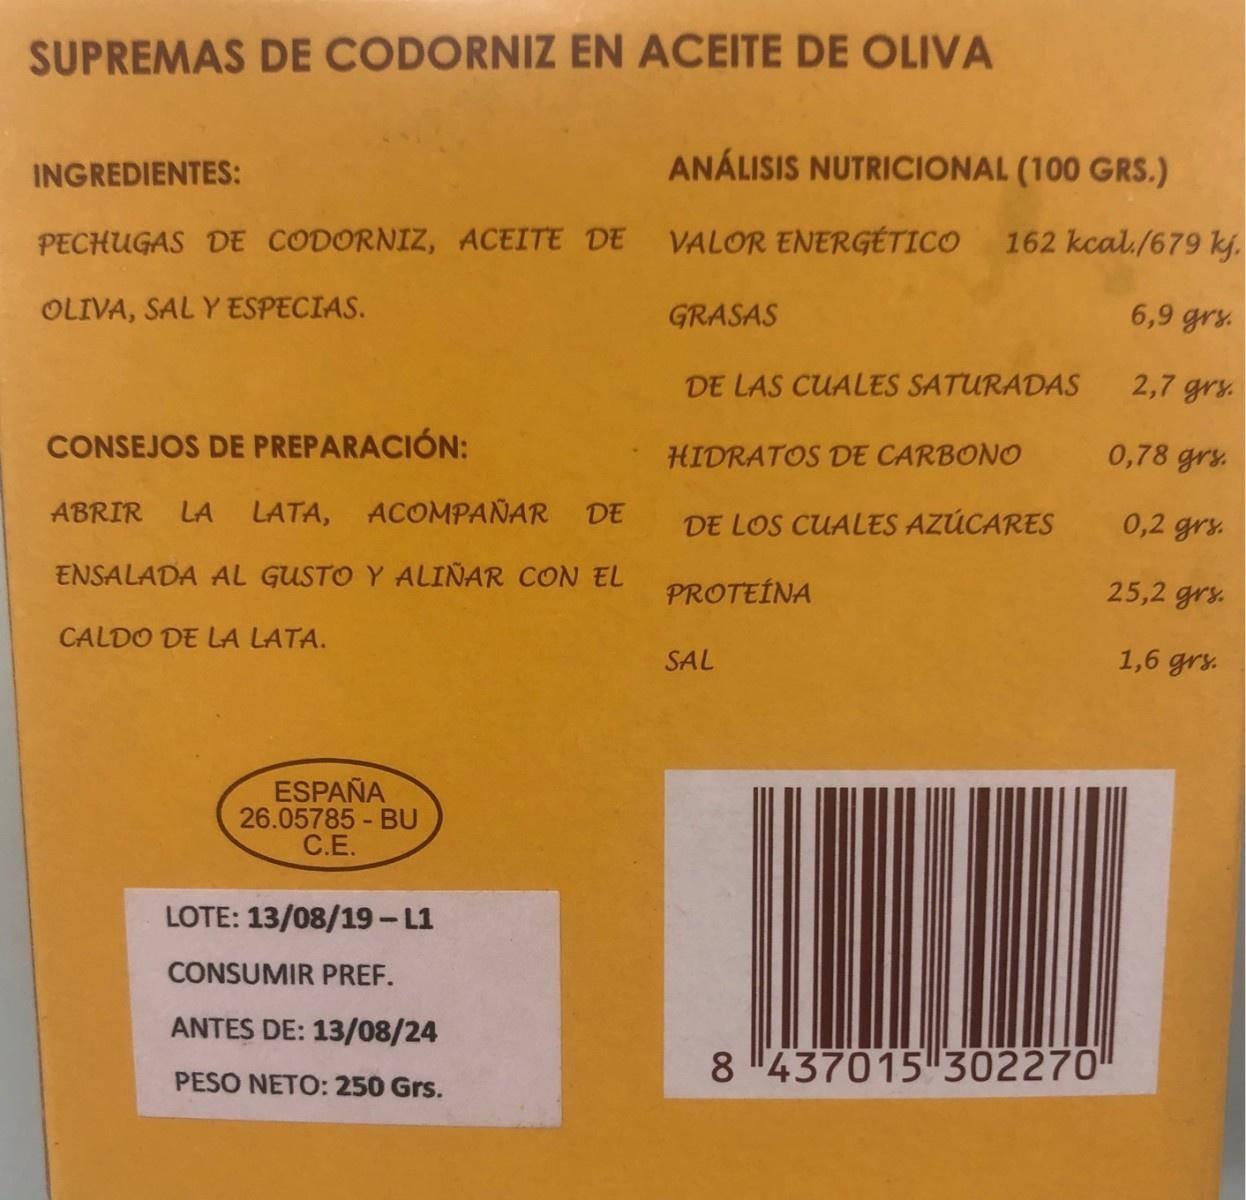
SUPREMAS DE CODORNIZ EN ACEITE DE OLIVA ANÁLISIS NUTRICIONAL (100 GRS.) INGREDIENTES: 162 kcal./679 kj. VALOR ENERGÉTICO PECHUGAS DE CODORNIZ, ACEITE DE OLIVA, SAL Y ESPECIAS. 6,9 grs. GRASAS 2,7 grs. DE LAS CUALES SATURADAS CONSEJOS DE PREPARACIÓN: 0,78 grs. HIDRATOS DE CARBONO LATA, ACOMPAÑAR ABRIR LA DE 0,2 grs. DE LOS CUALES AZÚCARES ENSALADA AL GUSTO Y ALIÑAR CON EL PROTEÍNA 25,2 grs. CALDO DE LA LATA. 1,6 grs. SAL ESPAÑA 26.05785 - BU C.E. LOTE: 13/08/19- L1 CONSUMIR PREF. ANTES DE: 13/08/24 8 437015 302270 PESO NETO: 250 Grs.